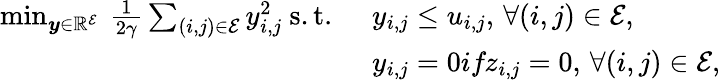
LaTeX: \begin{array}{rl}{\operatorname*{min}_{\boldsymbol{y}\in\mathbb{R}^{\mathcal{E}}}\: \frac{1}{2\gamma}\sum_{{(i,j)}\in\mathcal{E}}{y}_{i,j}^{2}\mathrm{~s.t.~}}&{y_{i,j}\leq u_{i,j},\, \forall(i,j)\in\mathcal{E},}\\ &{y_{i,j}=0\textit{if}z_{i,j}=0,\, \forall(i,j)\in\mathcal{E},}\end{array}